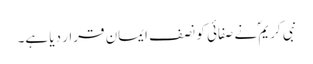
نبی کریمؐ نے صفائی کو نصف ایمان قرار دیا ہے۔